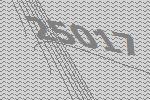
25017